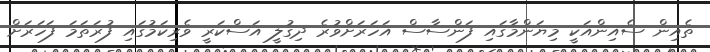
ތެއިން ސެއިންއަކީ މިޔަންމާގައި ފަންސާސް އަހަރަށްވުރެ ދިގުލީ އަސްކަރީ ވެރިކަމުގައި ފުރަތަމަ ފަހަރަށް